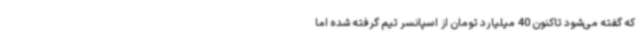
که گفته می‌شود تاکنون 40 میلیارد تومان از اسپانسر تیم گرفته شده اما